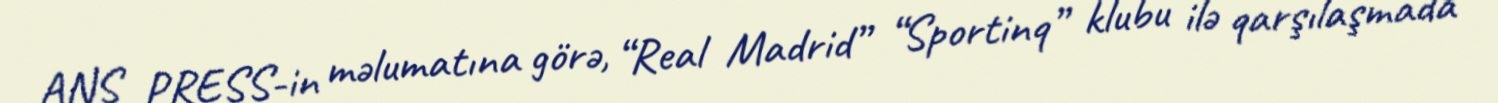
ANS PRESS-in məlumatına görə, “Real Madrid” “Sportinq” klubu ilə qarşılaşmada